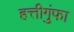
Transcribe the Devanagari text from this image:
हत्तीगुंफा